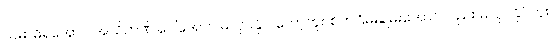
သမာဓိရအောင် အသိဉာဏ် ပေါ်အောင် မလုပ်နိုင် တော့ဘူး၊ စိတ်ငြိမ်းချမ်းအောင်လည်း မလုပ်နိုင်ဘူး၊